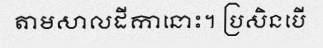
តាមសាលដីកានោះ។ ប្រសិនបើ